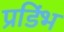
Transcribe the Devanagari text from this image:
प्रडिंभ